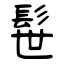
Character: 髰